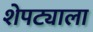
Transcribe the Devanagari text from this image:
शेपट्याला